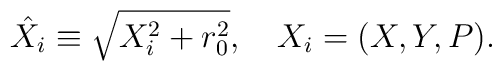
\hat X_{i} \equiv\sqrt{ X_{i}^{2}+r_{0}^{2}}, \ \ \   X_{i}=(X,Y,P).